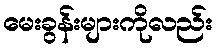
မေးခွန်းများကိုလည်း